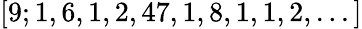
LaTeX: [9;1,6,1,2,47,1,8,1,1,2,...]